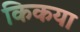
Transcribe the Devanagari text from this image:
किकया